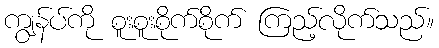
ကျွန်ပ်ကို စူးစူးစိုက်စိုက် ကြည့်လိုက်သည်။